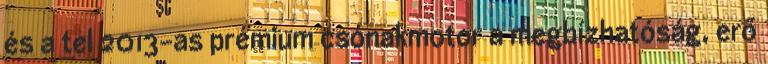
és a tel 2013-as prémium csónakmotor a megbízhatóság, erő